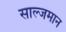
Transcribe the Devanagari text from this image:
साल्जमान